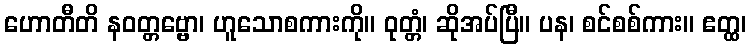
ဟောတီတိ နဝတ္တဗ္ဗော၊ ဟူသောစကားကို။ ဝုတ္တံ၊ ဆိုအပ်ပြီ။ ပန၊ စင်စစ်ကား။ ဧတ္ထ၊